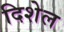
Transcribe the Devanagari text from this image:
दिशेल